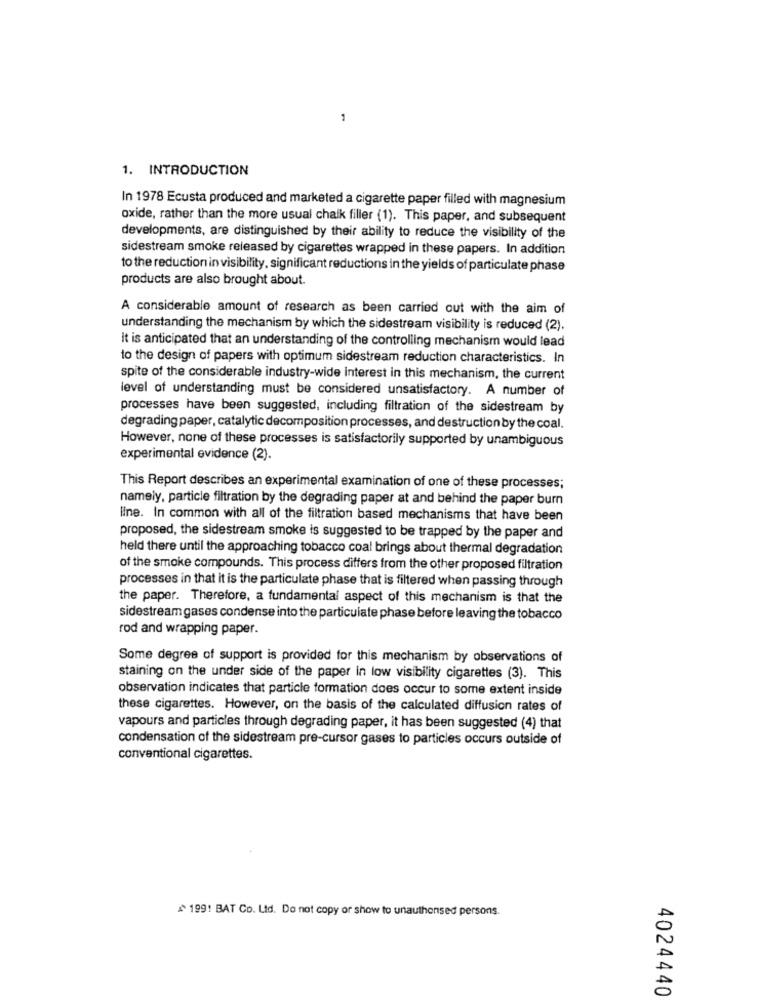
1
1. INTRODUCTION
In 1978 Ecusta produced and marketed a cigarette paper filled with magnesium
oxide, rather than the more usual chalk filler (1). This paper, and subsequent
developments, are distinguished by their ability to reduce the visibility of the
sidestream smoke released by cigarettes wrapped in these papers. In addition
to the reduction in visibility, significant reductions in the yields of particulate phase
products are also brought about.
A considerable amount of research as been carried out with the aim of
understanding the mechanism by which the sidestream visibility is reduced (2).
It is anticipated that an understanding of the controlling mechanism would lead
to the design of papers with optimum sidestream reduction characteristics. In
spite of the considerable industry-wide interest in this mechanism, the current
level of understanding must be considered unsatisfactory. A number of
processes have been suggested, including filtration of the sidestream by
degrading paper, catalytic decomposition processes, and destruction by the coal.
However, none of these processes is satisfactorily supported by unambiguous
experimental evidence (2).
This Report describes an experimental examination of one of these processes;
namely, particle filtration by the degrading paper at and behind the paper burn
line. In common with all of the filtration based mechanisms that have been
proposed, the sidestream smoke is suggested to be trapped by the paper and
held there until the approaching tobacco coal brings about thermal degradation
of the smoke compounds. This process differs from the other proposed filtration
processes in that it is the particulate phase that is filtered when passing through
the paper. Therefore, a fundamental aspect of this mechanism is that the
sidestreamgases condense into the particulate phase before leaving the tobacco
rod and wrapping paper.
Some degree of support is provided for this mechanism by observations of
staining on the under side of the paper in low visibility cigarettes (3). This
observation indicates that particle formation does occur to some extent inside
these cigarettes. However, on the basis of the calculated diffusion rates of
vapours and particles through degrading paper, it has been suggested (4) that
condensation of the sidestream pre-cursor gases to particles occurs outside of
conventional cigarettes.
£199! BAT Co. Ltd. Do not copy or show to unauthorised persons.
4024440